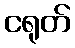
ငရုတ်